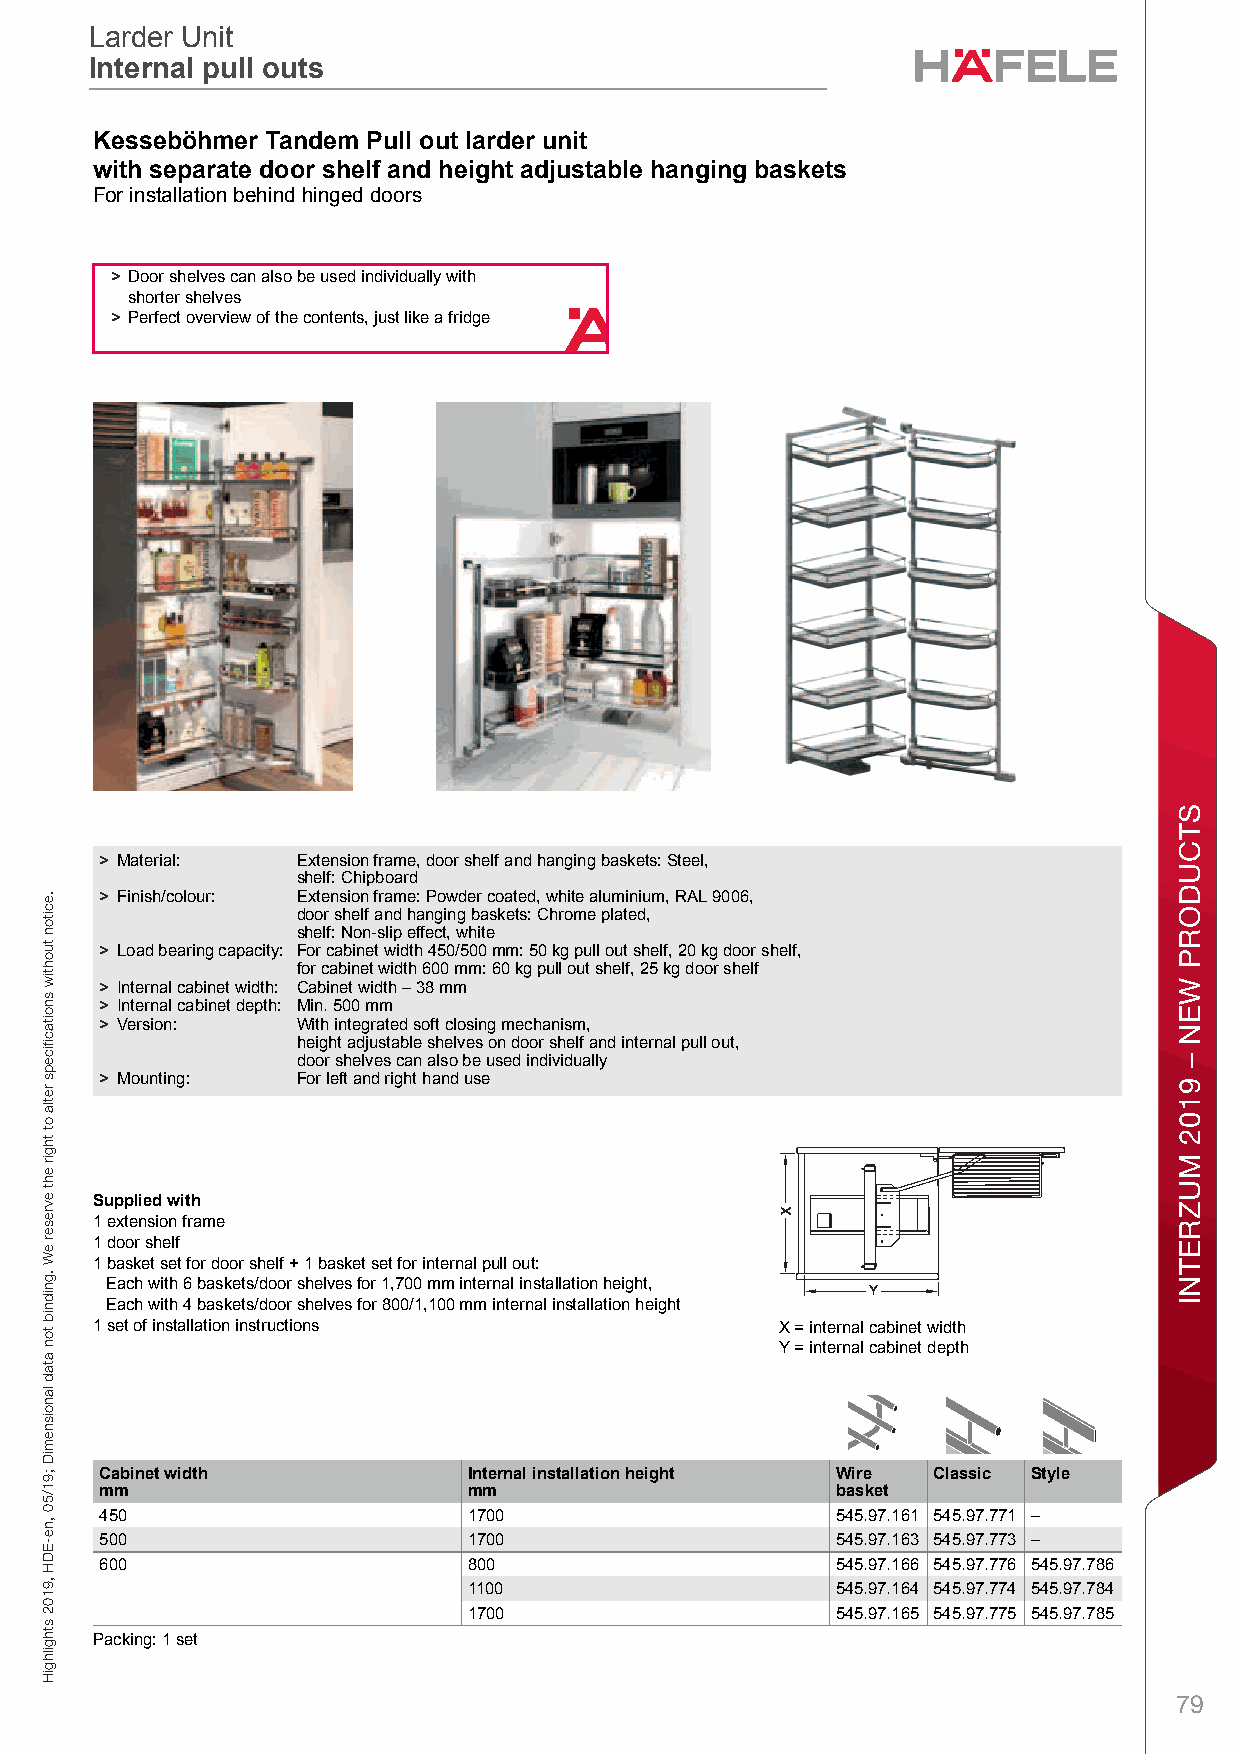
Larder Unit
 Larder Unit
 Internal pull outs
 Internal pull outs
 KKitchen Ceabinet FsittingsLsarder UenitInternbal pull oöuts – / Phlanning mand ConstruectionDirmens ionaTl data naot bindning. We dreserve ethe righmt to alter spe cificPations wiuthout nolticel. out larder unit
 with separate door shelf and height adjustable hanging baskets
 For installation behind hinged doors
 > Door shelves can also be used individually with
 shorter shelves
 > Perfect overview of the contents, just like a fridge
 6
 > Material:  Extension frame, door shelf and hanging baskets: Steel,
 shelf: Chipboard
 > Finish/colour: Extension frame: Powder coated, white aluminium, RAL 9006,
 door shelf and hanging baskets: Chrome plated,
 shelf: Non-slip effect, white
 > Load bearing capacity: For cabinet width 450/500 mm: 50 kg pull out shelf, 20 kg door shelf,
 for cabinet width 600 mm: 60 kg pull out shelf, 25 kg door shelf
 > Internal cabinet width: Cabinet width – 38 mm
 > Internal cabinet depth: Min. 500 mm
 > Version:   With integrated soft closing mechanism,
 height adjustable shelves on door shelf and internal pull out,
 door shelves can also be used individually
 > Mounting:  For left and right hand use
 Supplied with
 1 extension frame
 1 door shelf
 1 basket set for door shelf + 1 basket set for internal pull out:
 Each with 6 baskets/door shelves for 1,700 mm internal installation height,
 Each with 4 baskets/door shelves for 800/1,100 mm internal installation height
 1 set of installation instructions            X = internal cabinet width
 Y = internal cabinet depth
 Cabinet width           Internal installation height Wire Classic Style
 mm                      mm                      basket
 450                     1700                    545.97.161 545.97.771 –
 500                     1700                    545.97.163 545.97.773 –
 600                     800                     545.97.166 545.97.776 545.97.786
 1100                    545.97.164 545.97.774 545.97.784
 1700                    545.97.165 545.97.775 545.97.785
 Packing: 1 set
 79
 .eciton
 tuohtiw
 snoitacfiiceps
 retla
 ot
 thgir
 eht
 evreser
 eW
 .gnidnib
 ton
 atad
 lanoisnemiD
 ;91/50
 ,ne-EDH
 ,9102
 sthgilhgiH
 sgnittiF
 tenibaC
 nehctiK
 STCUDORP
 WEN
 –
 9102
 MUZRETNI